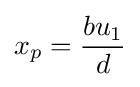
x_{p}={\frac {bu_{1}}{d}}